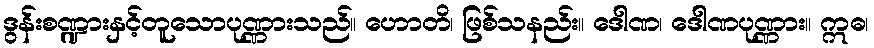
ဒွန်းစဏ္ဍားနှင့်တူသောပုဏ္ဏားသည်။ ဟောတိ၊ ဖြစ်သနည်း။ ဒေါဏ၊ ဒေါဏပုဏ္ဏား။ ဣဓ၊